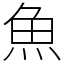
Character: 魚